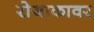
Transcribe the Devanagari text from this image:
रोजाकावर